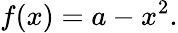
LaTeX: f(x)=a-x^{2}.